Tezpur Lunatic Asylum reports 1877-1894 - 1877-1894
Year: 1877
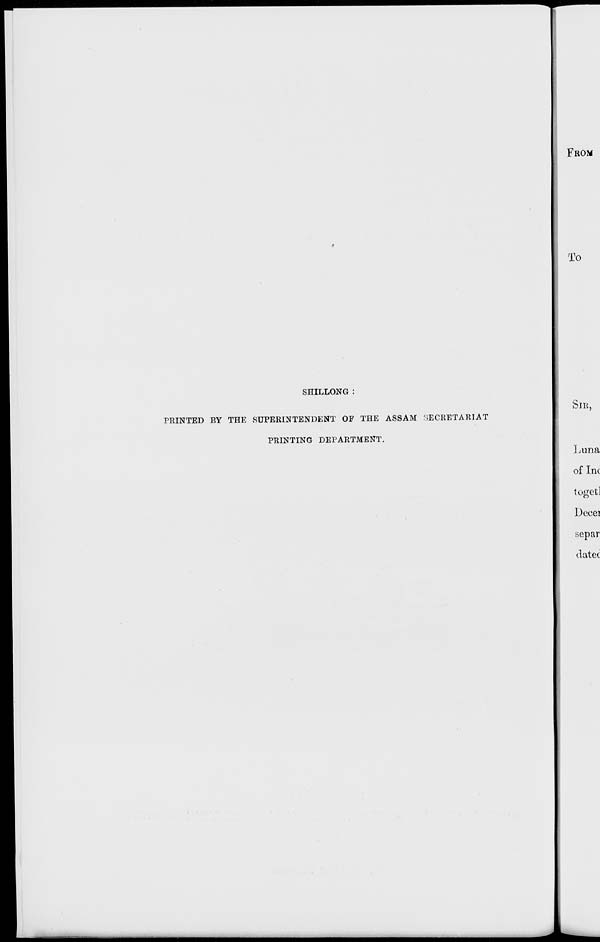
FROM
TV
To
SHILLONG
PRINTED BY THE SUPERINTENDENT OF THE ASSAM SECRETARIAT
PRINTING DEPARTMENT.
blK,
Luna
of Inc
toget]
Decei
separ
<latec